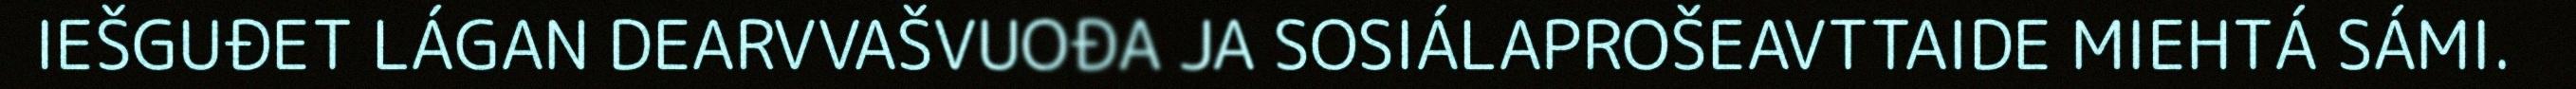
IEŠGUĐET LÁGAN DEARVVAŠVUOĐA JA SOSIÁLAPROŠEAVTTAIDE MIEHTÁ SÁMI.